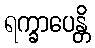
ရက္ခာပေန္တိ